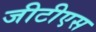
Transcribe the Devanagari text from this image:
जीटीएस